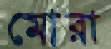
মোরা